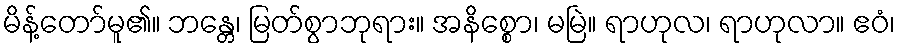
မိန့်တော်မူ၏။ ဘန္တေ၊ မြတ်စွာဘုရား။ အနိစ္စော၊ မမြဲ။ ရာဟုလ၊ ရာဟုလာ။ ဧဝံ၊